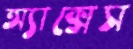
অ্যাক্সেস